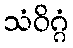
သံဝိဂ္ဂံ